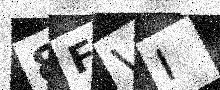
Text: 8FVI